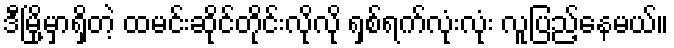
ဒီမြို့မှာရှိတဲ့ ထမင်းဆိုင်တိုင်းလိုလို ရှစ်ရက်လုံးလုံး လူပြည့်နေမယ်။